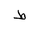
Letter: _da